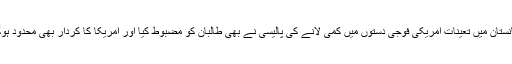
افغانستان میں تعینات امریکی فوجی دستوں میں کمی لانے کی پالیسی نے بھی طالبان کو مضبوط کیا اور امریکا کا کردار بھی محدود ہوگیا۔